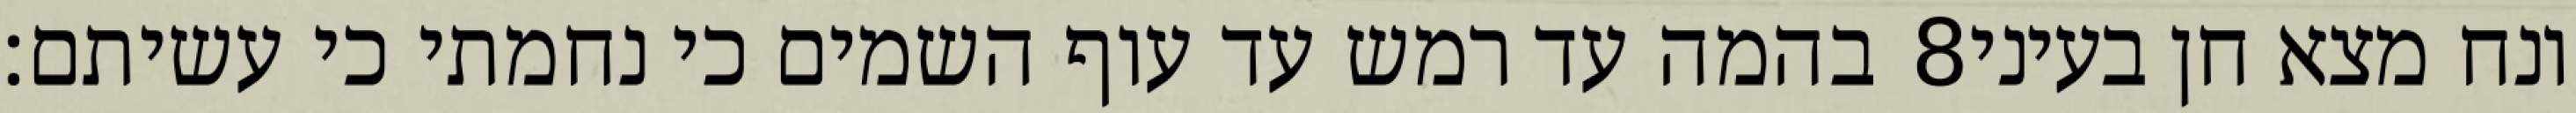
בהמה עד רמש עד עוף השמים כי נחמתי כי עשיתם׃ ‎8‏ ונח מצא חן בעיני